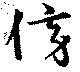
傍